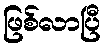
ဖြစ်လာပြီ